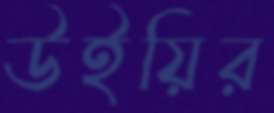
উইয়ির